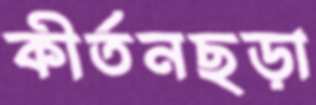
কীর্তনছড়া